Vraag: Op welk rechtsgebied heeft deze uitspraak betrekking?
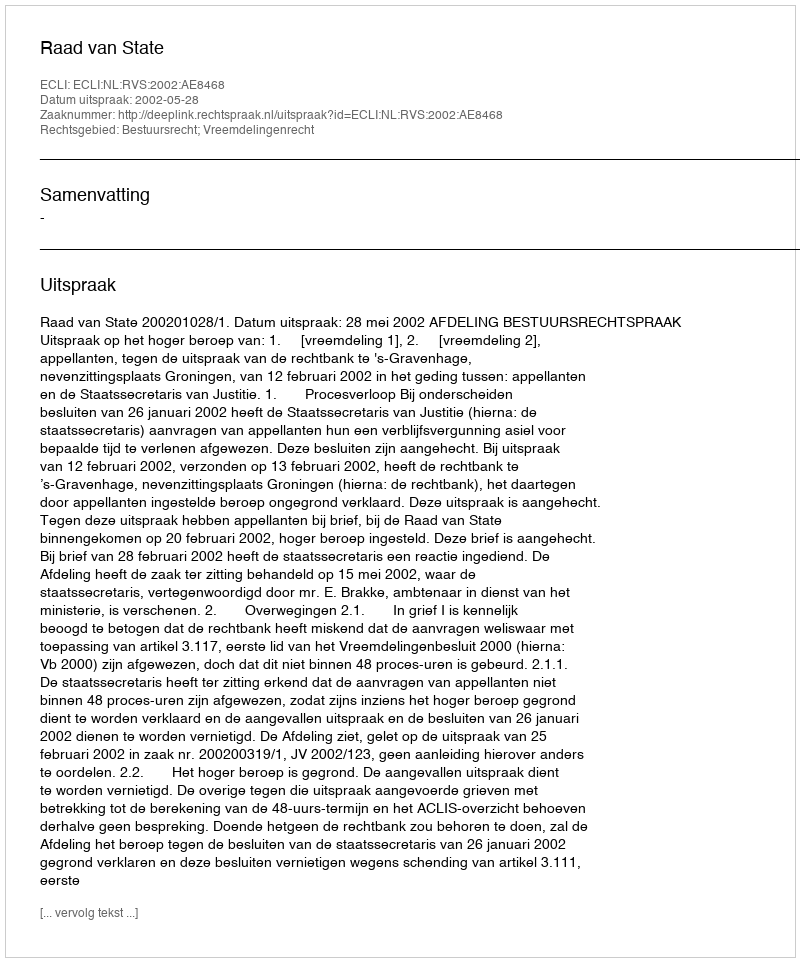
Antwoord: Bestuursrecht; Vreemdelingenrecht